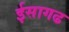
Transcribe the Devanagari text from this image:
ईसागढ